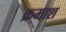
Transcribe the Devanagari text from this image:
क्रमाश